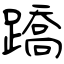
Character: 蹻